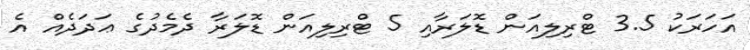
އަހަރަކު 3.5 ޓްރިލިއަން ޑޮލަރާއި 5 ޓްރިލިއަން ޑޮލަރާ ދެމެދުގެ ޢަދަދެއް އެ